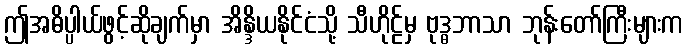
ဤအဓိပ္ပါယ်ဖွင့်ဆိုချက်မှာ အိန္ဒိယနိုင်ငံသို့ သီဟိုဠ်မှ ဗုဒ္ဓဘာသာ ဘုန်းတော်ကြီးများက